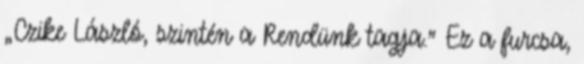
„Czike László, szintén a Rendünk tagja.” Ez a furcsa,